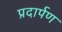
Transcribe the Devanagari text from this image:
प्रदार्पण